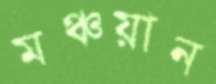
মঞ্চয়ান